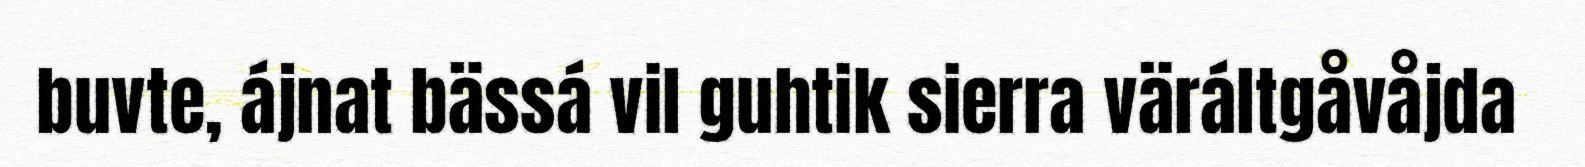
buvte, ájnat bässá vil guhtik sierra väráltgåvåjda